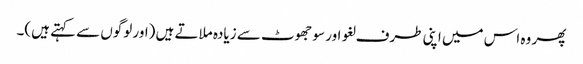
پھر وہ اس میں اپنی طرف لغو اور سو جھوٹ سے زیادہ ملاتے ہیں (اور لوگوں سے کہتے ہیں)۔